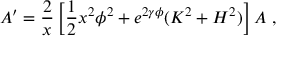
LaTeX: A ^ { \prime } = \frac { 2 } { x } \left[ \frac { 1 } { 2 } x ^ { 2 } \phi ^ { 2 } + e ^ { 2 \gamma \phi } ( K ^ { 2 } + H ^ { 2 } ) \right] A \ ,